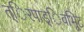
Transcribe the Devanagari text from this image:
त्िरपाड्िवभूिट